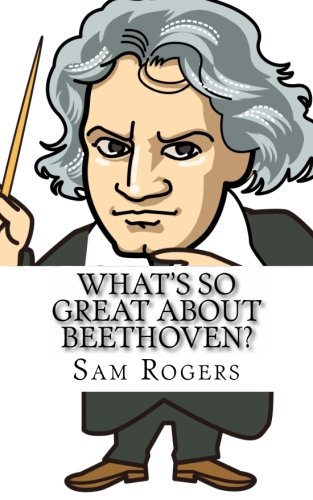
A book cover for What's So Great About Beethoven?: A Biography of Ludwig van Beethoven Just for Kids! (Volume 10); Sam Rogers; Children's Books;